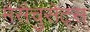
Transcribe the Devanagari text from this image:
मैसैचुसेट्स